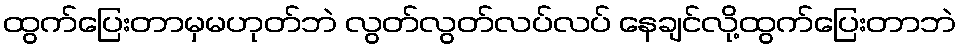
ထွက်ပြေးတာမှမဟုတ်ဘဲ လွတ်လွတ်လပ်လပ် နေချင်လို့ထွက်ပြေးတာဘဲ